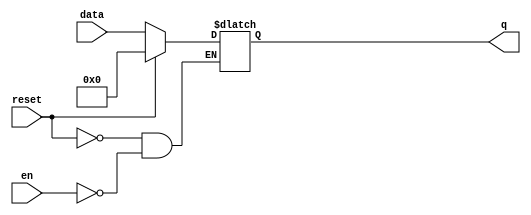
////                                                              ////
////  UART Designe                                                ////
////     D-Latch                                                  ////
////  https://github.com/Casear98                                 ////
////                                                              ////
////  Description                                                 ////
////  Designed RTL of UART system in Verilog                      ////
////                                                              ////
////                                                              ////
////  Author(s):                                                  ////
////      - Ahmed Abdelazeen, ahmedabdelazeem373@gmail.com        ////
////                                                              ////
//////////////////////////////////////////////////////////////////////


module dlatch(
input wire [7:0] data   , // Data Input
input wire en     , // LatchInput
input wire reset  , // Reset input - active high
output reg [7:0] q        // Q output
);


always @ ( en or reset or data)
if (reset) begin
  q <= 0;
end else if (en) begin
  q <= data;
end

endmodule //End Of Module dlatch_reset